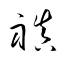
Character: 禛